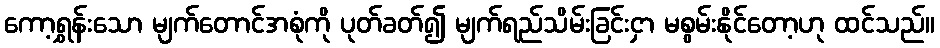
ကော့ရွှန်းသော မျက်တောင်အစုံကို ပုတ်ခတ်၍ မျက်ရည်သိမ်းခြင်းငှာ မစွမ်းနိုင်တော့ဟု ထင်သည်။